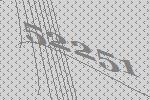
52251